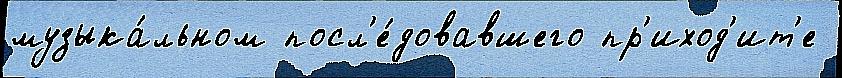
музыка́льном посл'е́довавшего пр'иход'ит'е